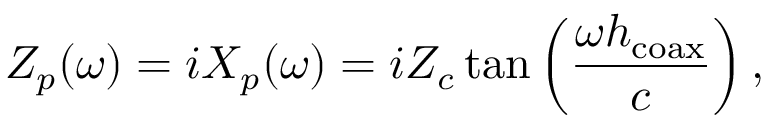
Z _ { p } ( \omega ) = i X _ { p } ( \omega ) = i Z _ { c } \tan \left( \frac { \omega h _ { \mathrm { c o a x } } } { c } \right) ,